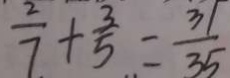
\frac { 2 } { 7 } + \frac { 3 } { 5 } = \frac { 3 1 } { 3 5 }